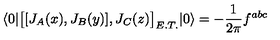
\langle 0 | \big [ [ J _ { A } ( x ) , J _ { B } ( y ) ] , J _ { C } ( z ) \big ] _ { E . T . } | 0 \rangle = - \frac { 1 } { 2 \pi } f ^ { a b c }